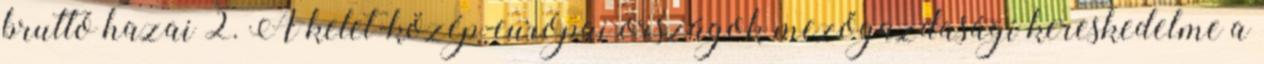
bruttó hazai 2. A kelet-közép-európai országok mezőgazdasági kereskedelme a